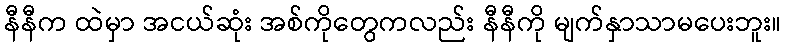
နီနီက ထဲမှာ အငယ်ဆုံး အစ်ကိုတွေကလည်း နီနီကို မျက်နှာသာမပေးဘူး။